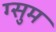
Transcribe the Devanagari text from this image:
ग्सुम